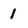
Character: 1